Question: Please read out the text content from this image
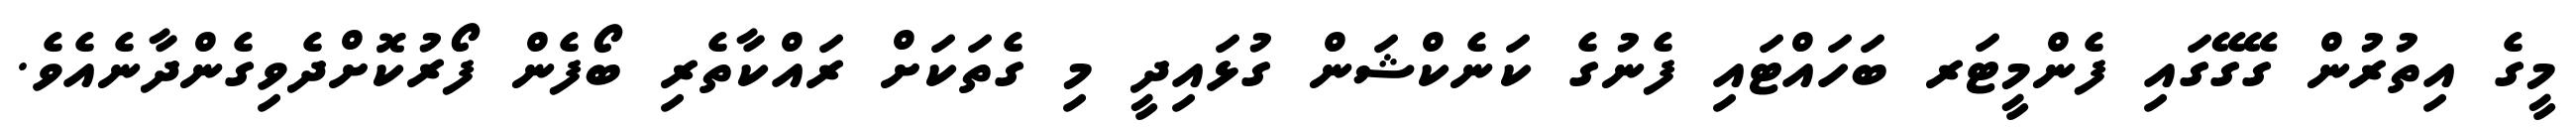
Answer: މީގެ އިތުރުން ގޭގޭގައި ފެންމީޓަރ ބަހައްޓައި ފެނުގެ ކަނެކްޝަން ގުޅައިދީ މި ގެތަކަށް ރައްކާތެރި ބޯފެން ފޯރުކޮށްދެވިގެންދާނެއެވެ.